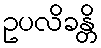
ဥပလိခန္တိ